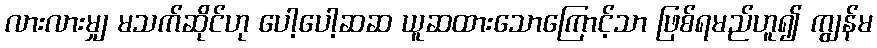
လားလားမျှ မသက်ဆိုင်ဟု ပေါ့ပေါ့ဆဆ ယူဆထားသောကြောင့်သာ ဖြစ်ရမည်ဟူ၍ ကျွန်မ